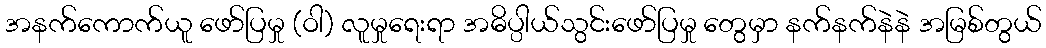
အနက်ကောက်ယူ ဖော်ပြမှု (ဝါ) လူမှုရေးရာ အဓိပ္ပါယ်သွင်းဖော်ပြမှု တွေမှာ နက်နက်နဲနဲ အမြစ်တွယ်